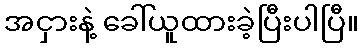
အငှားနဲ့ ခေါ်ယူထားခဲ့ပြီးပါပြီ။